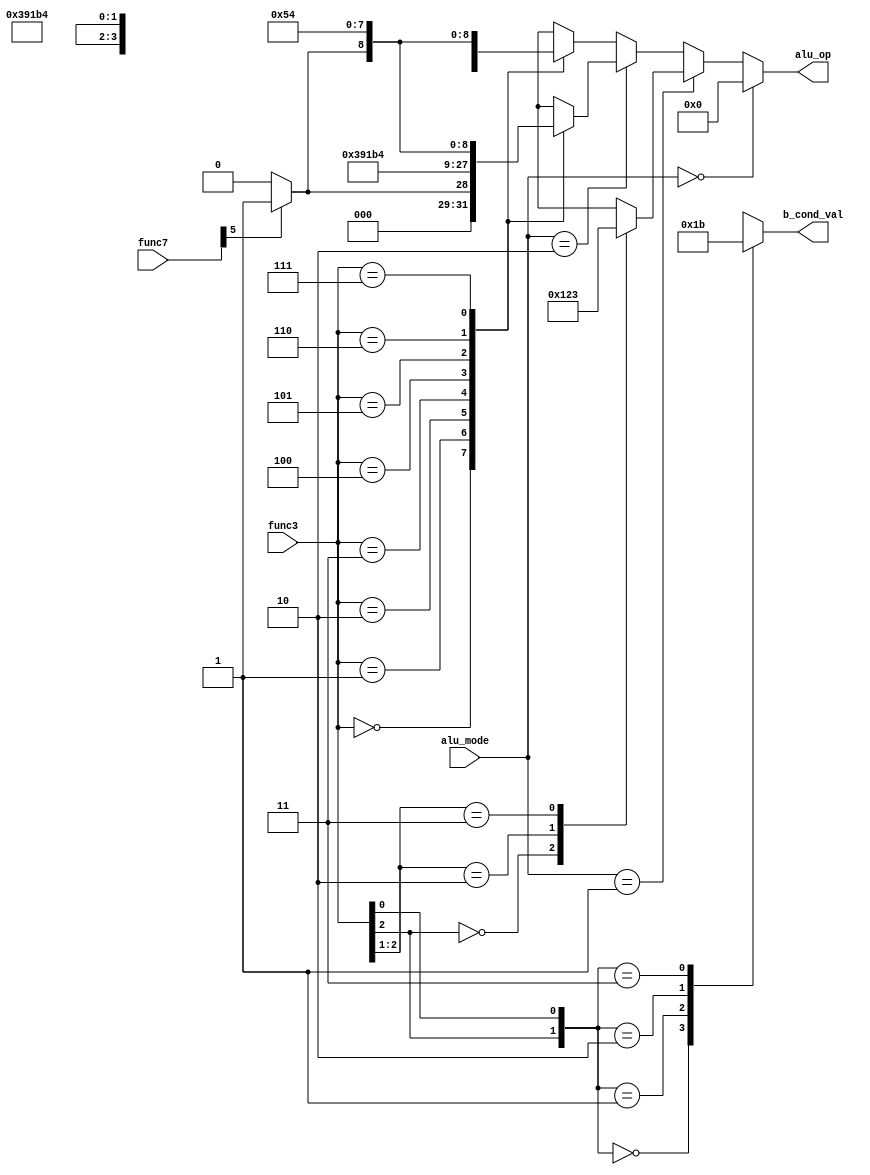
`timescale 1ns / 1ps
//////////////////////////////////////////////////////////////////////////////////
// Company: 
// Engineer: 
// 
// Design Name: 
// Module Name: alu_controller
// Project Name: 
// Target Devices: 
// Tool Versions: 
// Description: 
// 
// Dependencies: 
// 
// Revision:
// Revision 0.01 - File Created
// Additional Comments:
// 
//////////////////////////////////////////////////////////////////////////////////

module alu_controller(alu_mode, func3, func7, alu_op, b_cond_val);
    parameter OLEN = 4;
    
    parameter [1:0] alu_mode_add = 0;
    parameter [1:0] alu_mode_cmp = 1;
    parameter [1:0] alu_mode_fun = 2;
    parameter [1:0] alu_mode_fn3 = 3;
    
    parameter [OLEN - 1:0] op_add = 0;
    parameter [OLEN - 1:0] op_sub = 1;
    parameter [OLEN - 1:0] op_slt = 2;
    parameter [OLEN - 1:0] opsltu = 3;
    parameter [OLEN - 1:0] op_and = 4;
    parameter [OLEN - 1:0] op_or  = 5;
    parameter [OLEN - 1:0] op_xor = 6;
    parameter [OLEN - 1:0] op_sl  = 7;
    parameter [OLEN - 1:0] op_srl = 8;
    parameter [OLEN - 1:0] op_sra = 9;
    
    parameter [1:0] b_cond_zero = 0;
    parameter [1:0] b_cond_notz = 1;
    parameter [1:0] b_cond_less = 2;
    parameter [1:0] b_cond_notl = 3;
    
    input [1:0] alu_mode;
    input [2:0] func3;
    input [6:0] func7;
    output[OLEN - 1:0] alu_op;
    output[1:0] b_cond_val;
    
    function [OLEN - 1:0] op_from_func;
        input [2:0] func3;
        input [6:0] func7;
        input make_subtraction_impossible;
    begin
        case (func3)
        3'b000: op_from_func = (func7[5] && !make_subtraction_impossible) ? op_sub : op_add;
        3'b001: op_from_func = op_sl;
        3'b010: op_from_func = op_slt;
        3'b011: op_from_func = opsltu;
        3'b100: op_from_func = op_xor;
        3'b101: op_from_func = func7[5] ? op_sra : op_srl;
        3'b110: op_from_func = op_or;
        3'b111: op_from_func = op_and;
        endcase
    end
    endfunction
    
    
    function [OLEN - 1:0] branch_from_func;
        input [2:0] func3;
    begin
        casez(func3[2:1])
        2'b0?: branch_from_func = op_sub;
        2'b10: branch_from_func = op_slt;
        2'b11: branch_from_func = opsltu;
        endcase
    end
    endfunction
    
    function [2:0] b_cond_from_func;
        input [2:0] func3;
    begin
        case ({func3[2], func3[0]})
        2'b00: b_cond_from_func = b_cond_zero; // func 000 or 010
        2'b01: b_cond_from_func = b_cond_notz; // func 001 or 011
        2'b10: b_cond_from_func = b_cond_less; // func 100 or 110
        2'b11: b_cond_from_func = b_cond_notl; // func 101 or 111
        endcase
    end
    endfunction
    
    assign alu_op = alu_mode == alu_mode_add ? op_add :
                    alu_mode == alu_mode_cmp ? branch_from_func(func3) :
                    alu_mode == alu_mode_fun ? op_from_func(func3, func7, 0) :
                    /*alu_mode == alu_mode_fn3 ?*/ op_from_func(func3, func7, 1);
    assign b_cond_val = b_cond_from_func(func3); // only needs to make sense when branching
endmodule